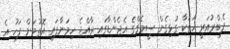
ފެބްރުއަރީ ހަތަކާ ގުޅިގެން ސީމެގްގެ އެޖެންޑާގައި ރާއްޖެ ހިމަނާފައި އޮތުމަށް ފަހު އެ